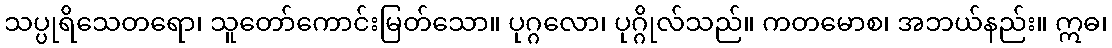
သပ္ပုရိသေတရော၊ သူတော်ကောင်းမြတ်သော။ ပုဂ္ဂလော၊ ပုဂ္ဂိုလ်သည်။ ကတမောစ၊ အဘယ်နည်း။ ဣဓ၊